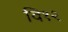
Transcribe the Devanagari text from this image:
वि१२